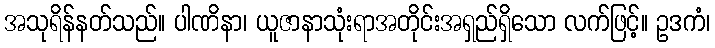
အသုရိန်နတ်သည်။ ပါဏိနာ၊ ယူဇာနာသုံးရာအတိုင်းအရှည်ရှိသော လက်ဖြင့်။ ဥဒကံ၊